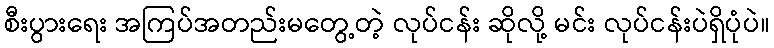
စီးပွားရေး အကြပ်အတည်းမတွေ့တဲ့ လုပ်ငန်း ဆိုလို့ မင်း လုပ်ငန်းပဲရှိပုံပဲ။